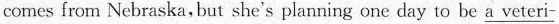
comes from Nebraska,but she's planning one day to be \underline{a veteri-}